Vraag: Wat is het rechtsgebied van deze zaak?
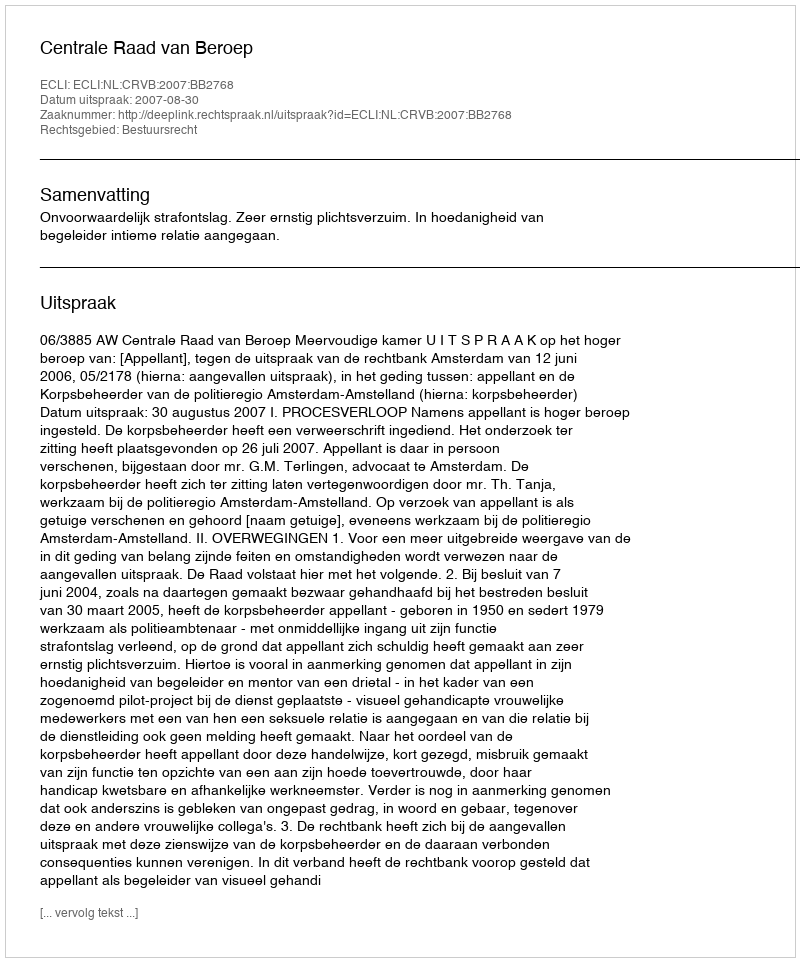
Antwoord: Bestuursrecht